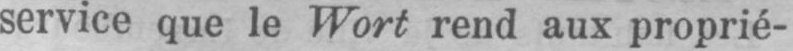
service que le Wort rend aux proprié-